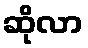
ဆိုလာ